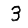
Digit: 3